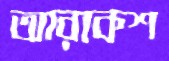
আরাকশ